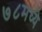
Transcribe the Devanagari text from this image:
७८मध्ये